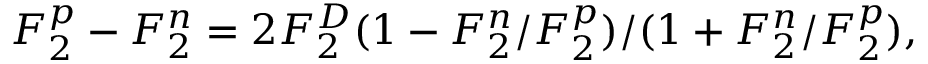
F _ { 2 } ^ { p } - F _ { 2 } ^ { n } = 2 F _ { 2 } ^ { D } ( 1 - F _ { 2 } ^ { n } / F _ { 2 } ^ { p } ) / ( 1 + F _ { 2 } ^ { n } / F _ { 2 } ^ { p } ) ,